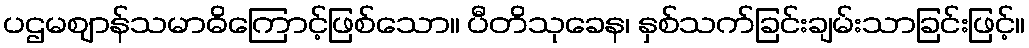
ပဌမဈာန်သမာဓိကြောင့်ဖြစ်သော။ ပီတိသုခေန၊ နှစ်သက်ခြင်းချမ်းသာခြင်းဖြင့်။